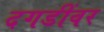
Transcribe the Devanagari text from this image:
दगडींवर